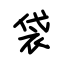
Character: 袋